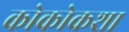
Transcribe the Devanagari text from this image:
कोकोकशा